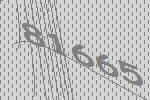
81665